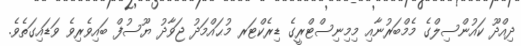
ދިއްދޫ ކައުންސިލްގެ މެމްބަރުނާއި މިމިނިސްޓްރީގެ ޑިރެކްޓަރ މުޙައްމަދު ޖަވާދު ޔޫސުފް ބައިވެރިވެ ވަޑައިގަތެވެ.